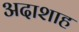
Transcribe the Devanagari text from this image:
अदाशाह